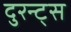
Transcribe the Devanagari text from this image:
दुरन्ट्स